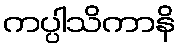
ကပ္ပါသိကာနိ